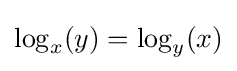
\log _{x}(y)=\log _{y}(x)